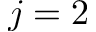
j = 2